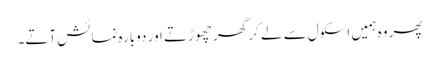
پھر وہ ہمیں اسکول سے لے کر گھر چھوڑتے اور دوبارہ نمائش آتے۔